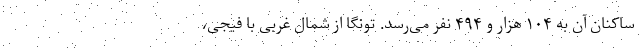
ساکنان آن به ۱۰۴ هزار و ۴۹۴ نفر می‌رسد. تونگا از شمال غربی با فیجی،